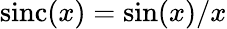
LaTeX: \mathrm{sinc}(x)=\sin(x)/x